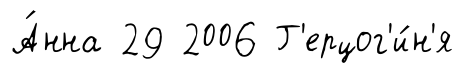
А́нна 29 2006 Г'ерцог'и́н'я